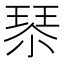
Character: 𰢇